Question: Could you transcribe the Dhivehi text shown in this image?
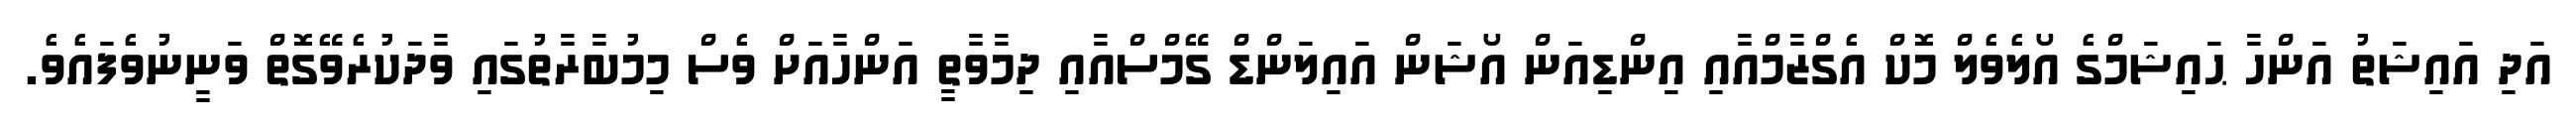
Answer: އަދި އައިޝަތު އަންހާ ޙައިޝަމްގެ އޯލެވެލް މޮކް އެގްޒާމްއާއި އިންޑިއަން އޯޝަން އައިލަންޑް ގޭމްސްއާއި ދިމާވާތީ އަންހާއަށް ވެސް މިމުބާރާތުގައި ވާދަކުރެވޭގޮތް ވަނީނުވެފައެވެ.